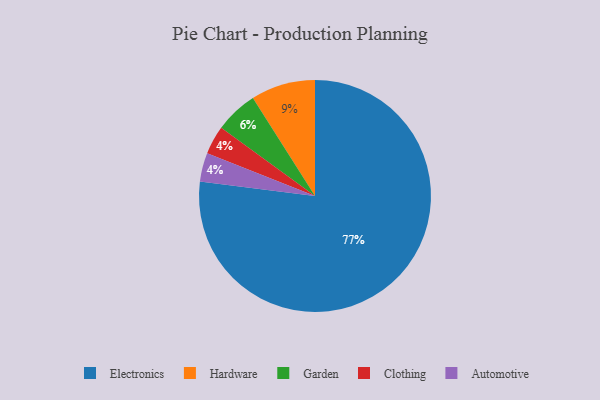
{"axis": {"x": "Category", "y": "Percentage"}, "legend": ["Automotive", "Clothing", "Electronics", "Garden", "Hardware"], "data": [{"x": "Clothing", "y": 4, "type": "Clothing"}, {"x": "Automotive", "y": 4, "type": "Automotive"}, {"x": "Electronics", "y": 77, "type": "Electronics"}, {"x": "Hardware", "y": 9, "type": "Hardware"}, {"x": "Garden", "y": 6, "type": "Garden"}]}